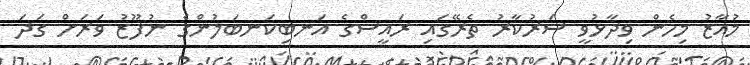
މުއާޒު މިހެން ވިދާޅުވީ ސަރުކާރު ތެރޭގައި ރައީސްގެ އަނބިކަނބަލުންގެ ނުފޫޒު ވަރަށް ގަދަ